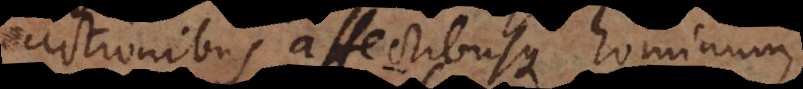
actionibus affectibusque hominum,